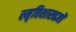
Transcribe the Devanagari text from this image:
स्मृतिशास्त्रज्ञों